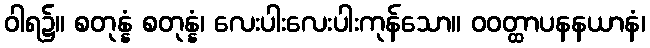
ဝါရ၌။ စတုန္နံ စတုန္နံ၊ လေးပါးလေးပါးကုန်သော။ ဝဝတ္ထာပနနယာနံ၊